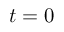
t = 0